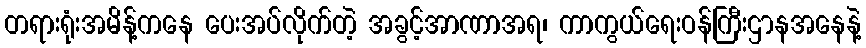
တရားရုံးအမိန့်ကနေ ပေးအပ်လိုက်တဲ့ အခွင့်အာဏာအရ၊ ကာကွယ်ရေးဝန်ကြီးဌာနအနေနဲ့